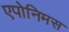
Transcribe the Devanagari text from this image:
एपोनिमस